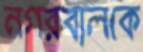
নগরবালকে